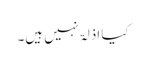
کیا اذلۃ نہیں ہیں۔